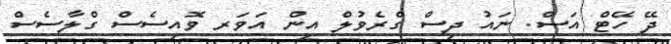
ދޭ ހޭޓް އަސް. ނައު ދިސް ގްރެވުލް އިން އަވަރ ވޮއިސެސް ގްލާސެސް